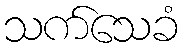
သက်သေခံ